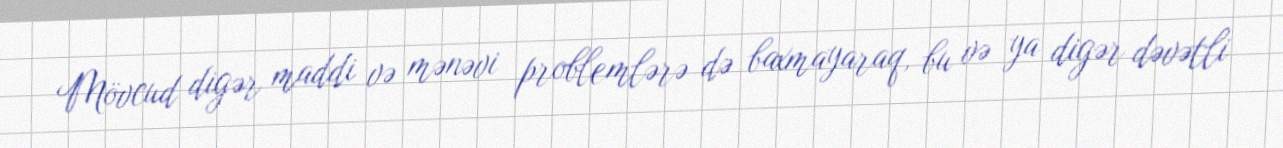
Mövcud digər maddi və mənəvi problemlərə də baxmayaraq, bu və ya digər dəvətli